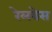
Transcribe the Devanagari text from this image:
रेलवेस